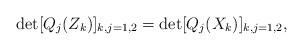
LaTeX: \begin{align*}\det[Q_j(Z_k)]_{k,j=1,2}=\det[Q_j(X_k)]_{k,j=1,2},\end{align*}